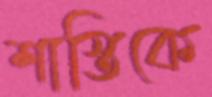
শাস্তিকে